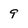
Character: 9